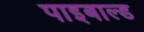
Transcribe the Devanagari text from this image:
पाइबाल्ड